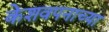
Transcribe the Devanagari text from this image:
केशवपनाच्या